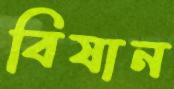
বিষান